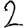
Digit: 2